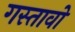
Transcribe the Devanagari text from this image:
गस्तावो